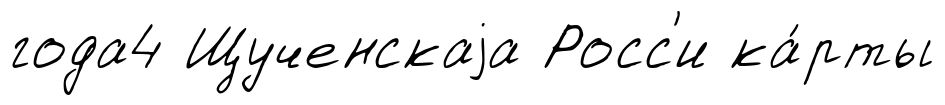
года4 Щученскаjа Росс'и ка́рты